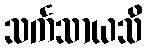
သင်္ကသာယသိ